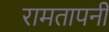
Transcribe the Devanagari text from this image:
रामतापनी